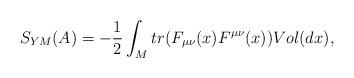
LaTeX: \begin{align*}S_{YM}(A)=-\frac 12\int_{M}tr(F_{\mu\nu}(x)F^{\mu\nu}(x))Vol(dx),\end{align*}